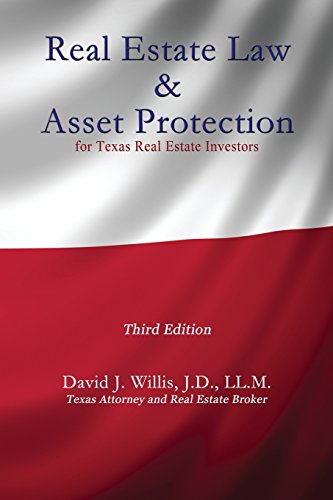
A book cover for Real Estate Law & Asset Protection for Texas Real Estate Investors - Third Edition; David J Willis; Business & Money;